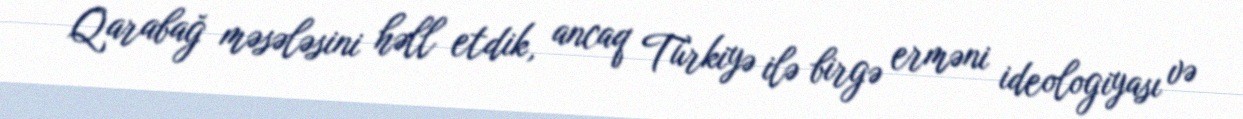
Qarabağ məsələsini həll etdik, ancaq Türkiyə ilə birgə erməni ideologiyası və